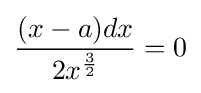
{\frac {(x-a)dx}{2x^{\frac {3}{2}}}}=0